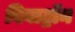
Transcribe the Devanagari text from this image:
बिवाट्रॉन